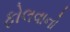
ફોલવાનો